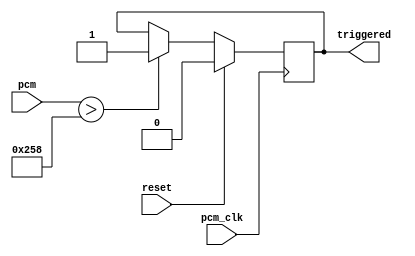
/*****************************************************************************
 * Threshold Trigger
 * IN  PCM
 * IN  RESET
 * OUT Trigger
 * PARAM Threshold
 *****************************************************************************/

module threshold_trigger(reset, pcm, pcm_clk, triggered);

	input               reset;

	input signed [15:0] pcm;
	input					  pcm_clk;

	output reg			  triggered;

	parameter THRESHOLD = 600;

	always @(posedge pcm_clk)
	begin

		if (reset)
		begin

			triggered <= 1'b0;

		end

		else if( pcm > THRESHOLD )
		begin

			triggered      <= 1'b1;

		end

	end

endmodule

module threshold_trigger_testbench();


	reg reset, pcm_clk;

	reg signed [15:0] pcm;

	wire triggered;

	parameter stim_delay = 10;

	threshold_trigger DUT(reset, pcm, pcm_clk, triggered);

	initial
	begin

		// Start with module in reset
		reset = 1; pcm = 0; pcm_clk = 0;

		#(stim_delay) ;
		#(stim_delay) ;
		#(stim_delay) reset = 0;
		#(stim_delay) pcm = 300;
		#(stim_delay) pcm = 400;
		#(stim_delay) pcm = 500;
		#(stim_delay) pcm = 600;
		#(stim_delay) pcm = 700;
		#(stim_delay) pcm = 600;
		#(stim_delay) pcm = 500;
		#(stim_delay) pcm = 400;
		#(stim_delay) reset = 1;
		#(stim_delay) ;
		#(stim_delay) ;
		
	end

	// Setup clock toggles
	always 
	begin
		#5  pcm_clk =  !pcm_clk; 
	end


endmodule